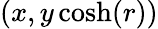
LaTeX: (x,y\cosh(r))